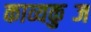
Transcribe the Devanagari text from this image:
काव्यकुब्ज